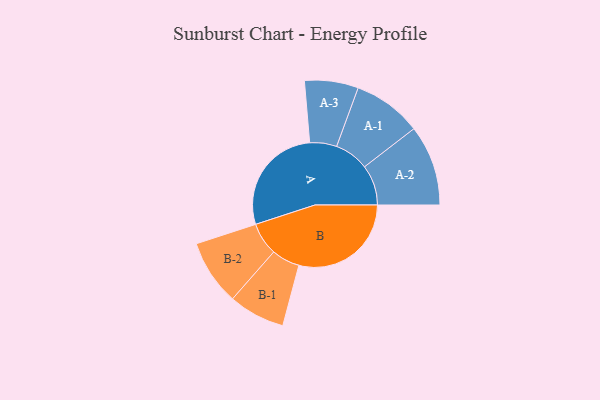
{"axis": {"x": "Segment", "y": "Value"}, "legend": ["", "A", "B"], "data": [{"x": "A", "y": 411, "type": ""}, {"x": "B", "y": 418, "type": ""}, {"x": "A-1", "y": 128, "type": "A"}, {"x": "A-2", "y": 150, "type": "A"}, {"x": "A-3", "y": 100, "type": "A"}, {"x": "B-1", "y": 105, "type": "B"}, {"x": "B-2", "y": 122, "type": "B"}]}